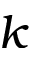
k